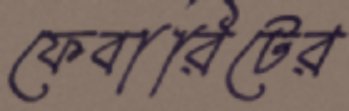
ফেবারিটের